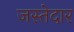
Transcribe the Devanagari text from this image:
जस्तेदार